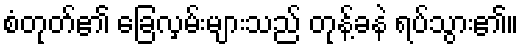
စံတုတ်၏ ခြေလှမ်းများသည် တုန့်ခနဲ ရပ်သွား၏။